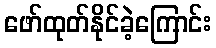
ဖော်ထုတ်နိုင်ခဲ့ကြောင်း